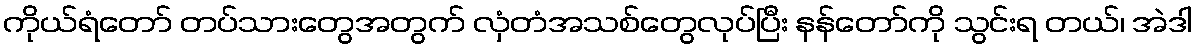
ကိုယ်ရံတော် တပ်သားတွေအတွက် လှံတံအသစ်တွေလုပ်ပြီး နန်တော်ကို သွင်းရ တယ်၊ အဲဒါ